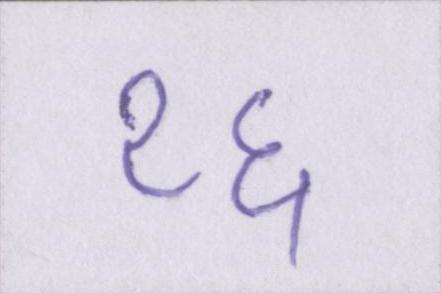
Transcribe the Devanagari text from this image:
१६